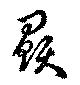
贔